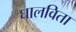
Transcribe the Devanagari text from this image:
घालविता